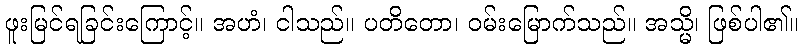
ဖူးမြင်ရခြင်းကြောင့်။ အဟံ၊ ငါသည်။ ပတိတော၊ ဝမ်းမြောက်သည်။ အသ္မိ၊ ဖြစ်ပါ၏။